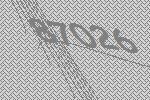
87026